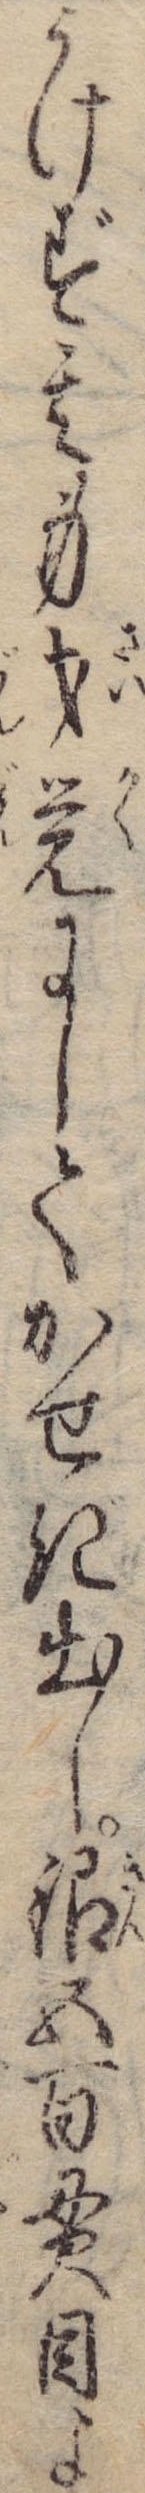
うけず其身才覚にしてかせぎ出し銀五百貫目よ